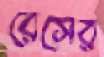
রেসের